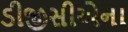
ડીજીસીએના